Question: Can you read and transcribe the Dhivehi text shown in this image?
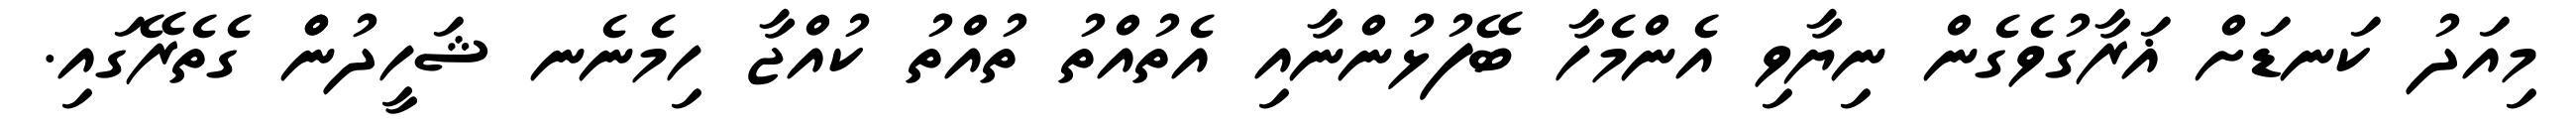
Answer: މިއަދު ކަނޑަށް ޣަރާގުވެގެން ނިޔާވި އެންމެހާ ބޭފުޅުންނާއި އެތުއްތު ތުއްތު ކުއްޖާ ހިމެނެނ ޝަހީދުންް ގެތެރޭގައި.